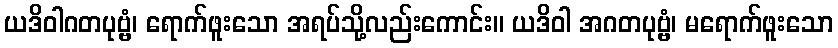
ယဒိဝါဂတပုဗ္ဗံ၊ ရောက်ဖူးသော အရပ်သို့လည်းကောင်း။ ယဒိဝါ အဂတပုဗ္ဗံ၊ မရောက်ဖူးသော